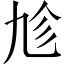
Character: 𠃩